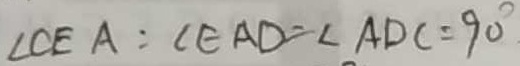
\angle C E A : \angle E A D = \angle A D C = 9 0 ^ { \circ }